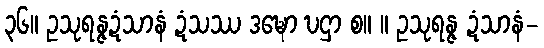
၃၆။ ဥသုရန္ဇဍံသာနံ ဍံသဿ ဒဍ္ဎော ဎဌာ စ။ ။ ဥသုရန္ဇ ဍံသာနံ-